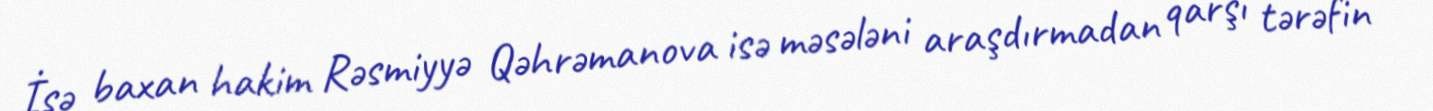
İşə baxan hakim Rəsmiyyə Qəhrəmanova isə məsələni araşdırmadan qarşı tərəfin